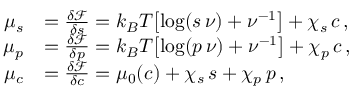
\begin{array} { r l } { \mu _ { s } } & { = \frac { \delta \mathcal { F } } { \delta s } = k _ { B } T \bigl [ \log ( s \, \nu ) + \nu ^ { - 1 } \bigr ] + \chi _ { s } \, c \, , } \\ { \mu _ { p } } & { = \frac { \delta \mathcal { F } } { \delta p } = k _ { B } T \bigl [ \log ( p \, \nu ) + \nu ^ { - 1 } \bigr ] + \chi _ { p } \, c \, , } \\ { \mu _ { c } } & { = \frac { \delta \mathcal { F } } { \delta c } = \mu _ { 0 } ( c ) + \chi _ { s } \, s + \chi _ { p } \, p \, , } \end{array}